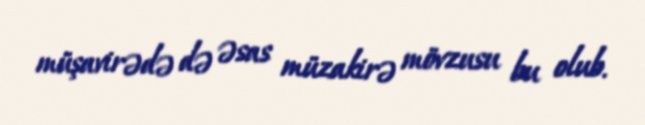
müşavirədə də əsas müzakirə mövzusu bu olub.